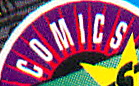
COMICS